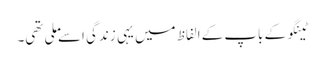
ٹینگو کے باپ کے الفاظ میں یہی زندگی اسے ملی تھی۔